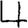
Digit: 4